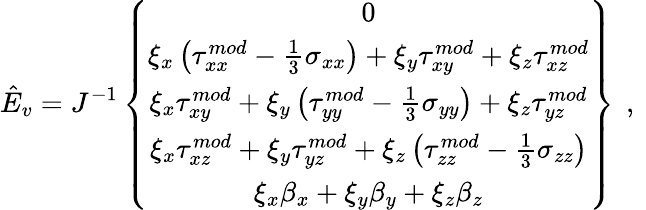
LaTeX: \hat{E}_{v}=J^{-1}\left\{ \begin{array}{c}{0}\\ {\xi_{x}\left({\tau}_{xx}^{mod}-\frac{1}{3}\sigma_{xx}\right)+\xi_{y}{\tau}_{xy}^{mod}+\xi_{z}{\tau}_{xz}^{mod}}\\ {\xi_{x}{\tau}_{xy}^{mod}+\xi_{y}\left({\tau}_{yy}^{mod}-\frac{1}{3}\sigma_{yy}\right)+\xi_{z}{\tau}_{yz}^{mod}}\\ {\xi_{x}{\tau}_{xz}^{mod}+\xi_{y}{\tau}_{yz}^{mod}+\xi_{z}\left({\tau}_{zz}^{mod}-\frac{1}{3}\sigma_{zz}\right)}\\ {\xi_{x}{\beta}_{x}+\xi_{y}{\beta}_{y}+\xi_{z}{\beta}_{z}}\end{array}\right\} \, \mathrm{~,~}